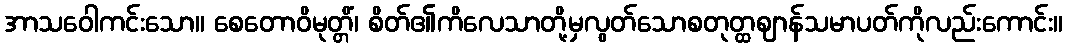
အာသဝေါကင်းသော။ စေတောဝိမုတ္တိံ၊ စိတ်၏ကိလေသာတို့မှလွတ်သောစတုတ္ထဈာန်သမာပတ်ကိုလည်းကောင်း။